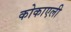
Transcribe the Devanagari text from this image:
कोकाएली